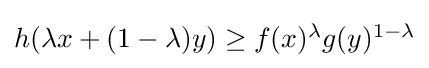
{\textstyle h(\lambda x+(1-\lambda )y)\geq f(x)^{\lambda }g(y)^{1-\lambda }}